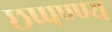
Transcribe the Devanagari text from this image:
छप्पण्ण्य